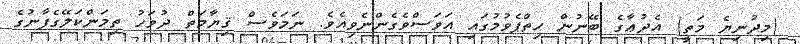
(މިދުނިޔެ މަތީ) އެދުޢާގެ ބޭނުން ހިތްޕެވުމުގައި އަވަސްވެގެންނެވިއެވެ. ނަމަވެސް ޤިޔާމަތް ދުވަހު ތިމަންކަލޭގެފާނުގެ